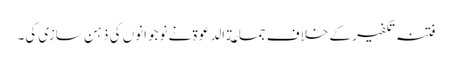
فتنہ تکفیر کے خلاف جماعة الدعوة نے نوجوانوں کی ذہن سازی کی۔